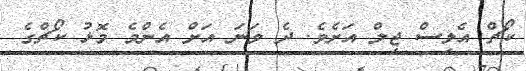
ކޯޗް އެލިސް ޖިލް އަށެވެ. ދެ ވަނަ އަށް އެންމެ މޮޅު ކޯޗްގެ